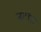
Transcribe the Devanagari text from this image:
नटांत